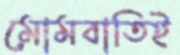
মোমবাতিই